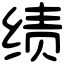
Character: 绩